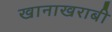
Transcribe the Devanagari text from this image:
खानाखराबी